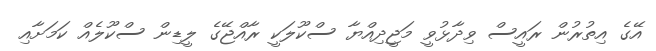
އޭގެ އިތުރުން ރައީސް ވިދާޅުވީ މަޖީދިއްޔާ ސްކޫލަކީ ރާއްޖޭގެ ލީޑިން ސްކޫލެއް ކަމަށާއި